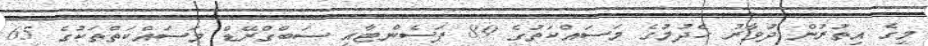
މީގެ އިތުރުން ދުވާރު ހެދުމުގެ މަސައްކަތުގެ 89 ޕަސެންޓާއި ސަބްގްރޭޑް މަސައްކަތްތަކުގެ 65